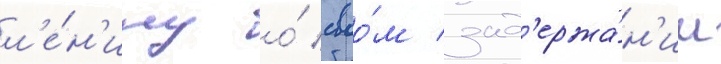
л'е́н'ину о́ своо́м зад'ержа́н'ии